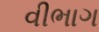
વીભાગ